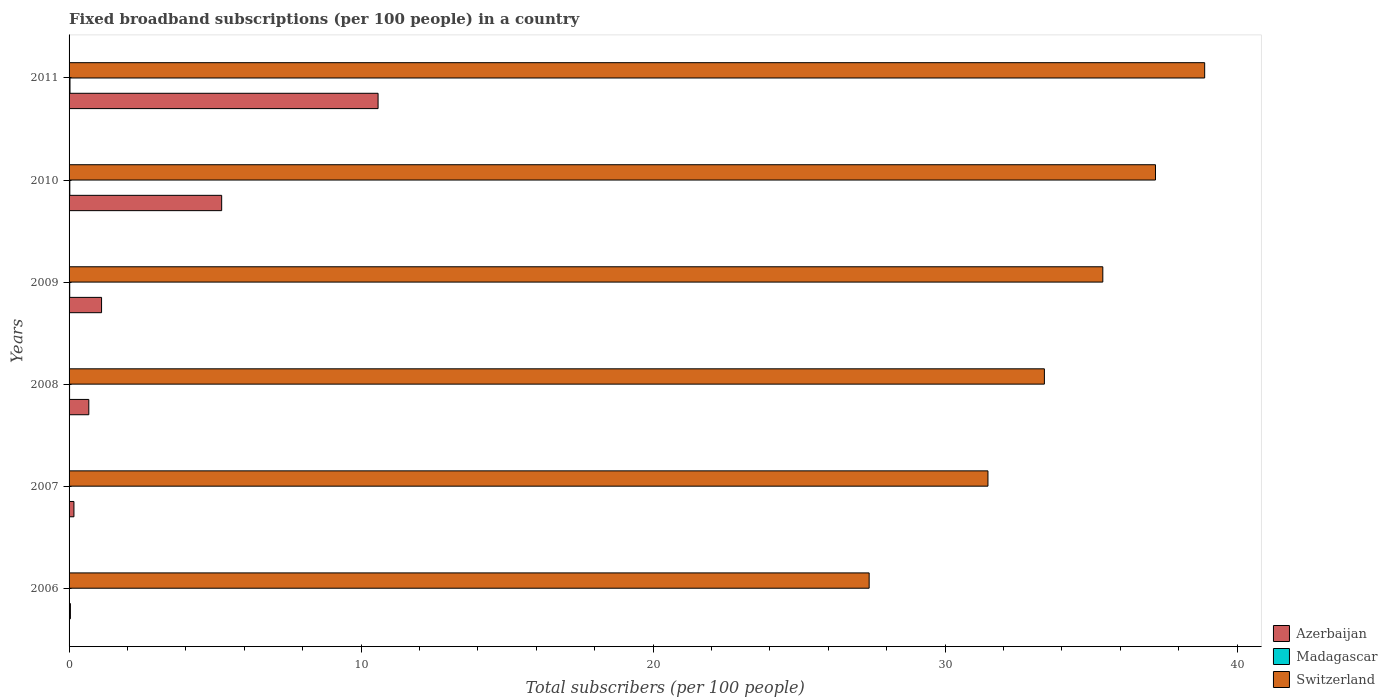
| Years | Azerbaijan | Madagascar | Switzerland |
 | --- | --- | --- | --- |
 | 2006 | 0.0456 | 0.00723 | 27.4 |
 | 2007 | 0.166 | 0.0122 | 31.5 |
 | 2008 | 0.676 | 0.0175 | 33.4 |
 | 2009 | 1.11 | 0.0223 | 35.4 |
 | 2010 | 5.23 | 0.0256 | 37.2 |
 | 2011 | 10.6 | 0.0316 | 38.9 |